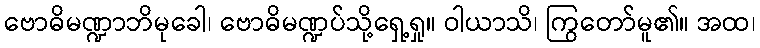
ဗောဓိမဏ္ဍာဘိမုခေါ၊ ဗောဓိမဏ္ဍပ်သို့ရှေ့ရှု။ ဝါယာသိ၊ ကြွတော်မူ၏။ အထ၊